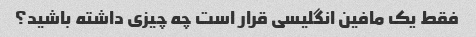
فقط یک مافین انگلیسی قرار است چه چیزی داشته باشید؟